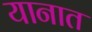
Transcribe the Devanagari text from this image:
यानात